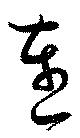
連